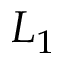
L _ { 1 }